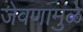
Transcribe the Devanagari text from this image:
जेवणामुळे